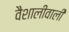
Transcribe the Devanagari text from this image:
वैशालीवाली